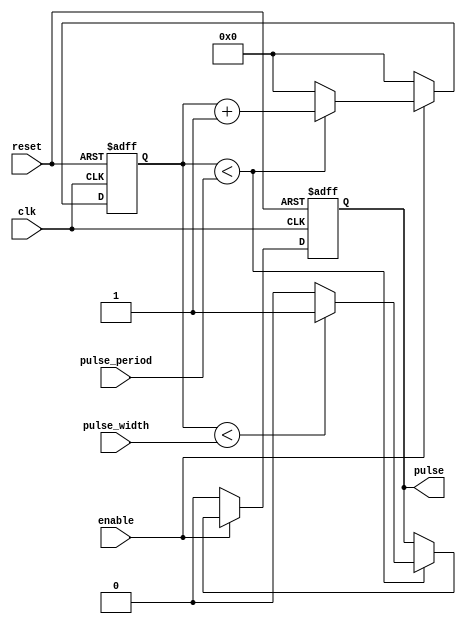
module synchronous_pulse_generator (
    input wire clk,
    input wire reset,
    input wire enable,
    input wire [7:0] pulse_width,
    input wire [15:0] pulse_period,
    output reg pulse
);

reg [15:0] counter;

always @(posedge clk or posedge reset) begin
    if (reset) begin
        counter <= 0;
        pulse <= 0;
    end else begin
        if (enable) begin
            if (counter < pulse_period) begin
                if (counter < pulse_width) begin
                    pulse <= 1;
                end else begin
                    pulse <= 0;
                end
                counter <= counter + 1;
            end else begin
                counter <= 0;
            end
        end else begin
            pulse <= 0;
            counter <= 0;
        end
    end
end

endmodule